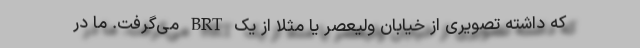
که داشته تصویری از خیابان ولیعصر یا مثلا از یک BRT می‌گرفت. ما در